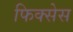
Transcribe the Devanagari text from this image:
फिक्सेस